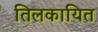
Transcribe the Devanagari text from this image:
तिलकायित